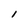
Character: I